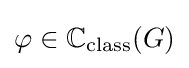
\varphi \in \mathbb {C} _{\text{class}}(G)